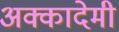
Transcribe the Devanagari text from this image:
अक्कादेमी